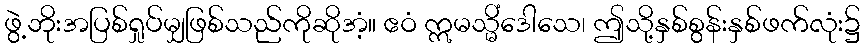
ဖွဲ့ဘိုးအပြစ်ရှုပ်မျှဖြစ်သည်ကိုဆိုအံ့။ ဧဝံ ဣမသ္မိံဒေါသေ၊ ဤသို့နှစ်စွန်းနှစ်ဖက်လုံး၌